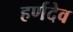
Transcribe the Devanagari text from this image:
हर्णदेव